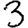
Digit: 3